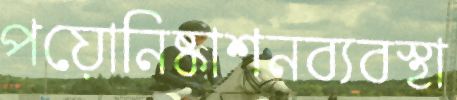
পয়োনিষ্কাশনব্যবস্থা